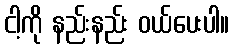
ငါ့ကို နည်းနည်း ဝယ်ပေးပါ။